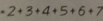
+ 2 + 3 + 4 + 5 + 6 + 7